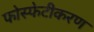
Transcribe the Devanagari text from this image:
फोस्फेटीकरण